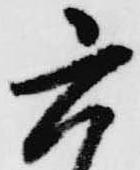
六